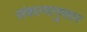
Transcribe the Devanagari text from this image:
संकल्पानुसार